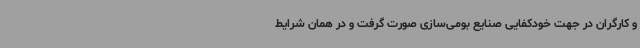
و کارگران در جهت خودکفایی صنایع بومی‌سازی صورت گرفت و در همان شرایط